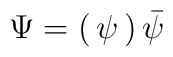
\Psi =   \begin{pmatrix}    \psi \\ \bar{\psi}  \end{pmatrix}